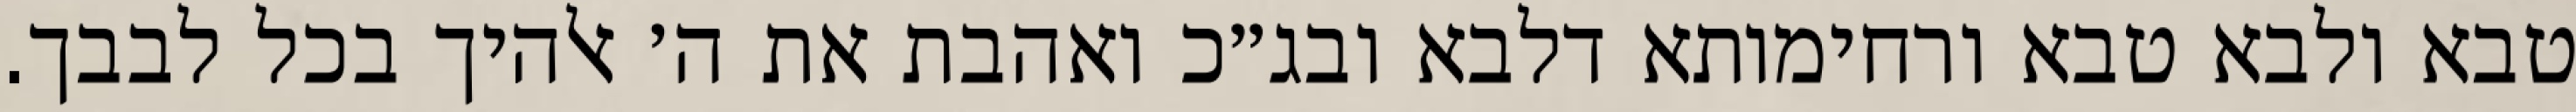
טבא ולבא טבא ורחימותא דלבא ובג״כ ואהבת את ה׳ אלהיך בכל לבבך.